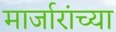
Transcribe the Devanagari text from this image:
मार्जारांच्या